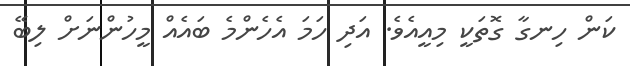
ކަން ހިނގާ ގޮތަކީ މިއީއެވެ. އަދި ހަމަ އެހެންމެ ބައެއް މީހުންނަށް ލިބޭ